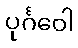
ပုင်္ဂဝေါ